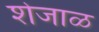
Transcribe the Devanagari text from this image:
शेजाळ